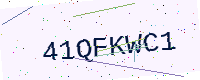
Text: 41QFKWC1